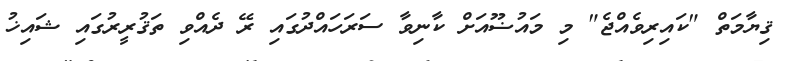
ޤިޔާމަތް "ކައިރިވެއްޖެ" މި މައުޟޫއަށް ކާނިވާ ސަރަހައްދުގައި ރޭ ދެއްވި ތަޤުރީރުގައި ޝައިޚު